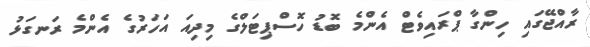
ރާއްޖޭގައި ހިންގާ ޕްރައިވެޓް އެންމެ ބޮޑު ހޮސްޕިޓަލްގެ މިދިއަ އަހަރުގެ އެންމެ ރަނގަޅު